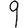
Digit: 9